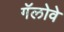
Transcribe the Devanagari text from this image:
गॅलोवे